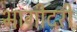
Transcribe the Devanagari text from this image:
भागीदरी